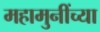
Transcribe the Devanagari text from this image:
महामुनींच्या